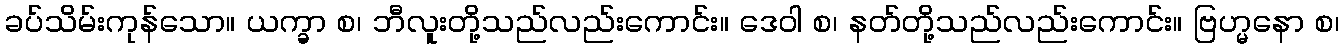
ခပ်သိမ်းကုန်သော။ ယက္ခာ စ၊ ဘီလူးတို့သည်လည်းကောင်း။ ဒေဝါ စ၊ နတ်တို့သည်လည်းကောင်း။ ဗြဟ္မနော စ၊